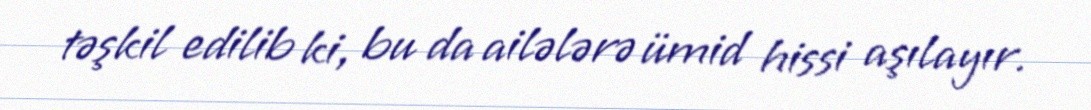
təşkil edilib ki, bu da ailələrə ümid hissi aşılayır.